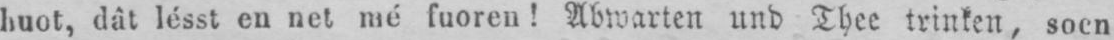
huot, dât lésst en net mé fuoren! Abwarten und Thee trinken, soen